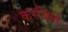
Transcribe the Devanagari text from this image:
करविलं